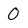
Character: O